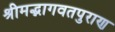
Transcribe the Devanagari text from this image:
श्रीमद्भागवतपुराण